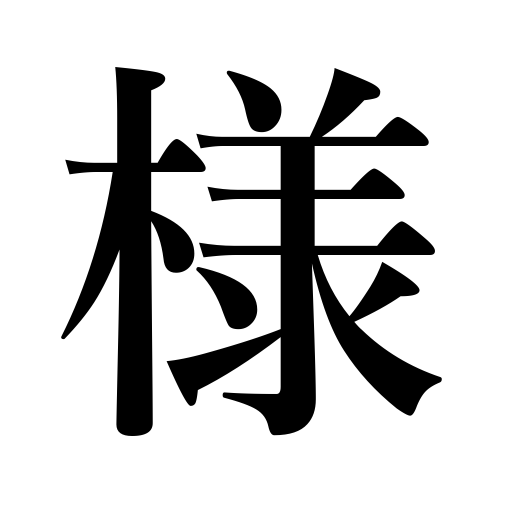
Meanings: Messrs.,to that effect,manner,kind,class,way,Mme.,method,Master,condition,Mr.,Mrs.,situation,Miss,circumstances